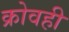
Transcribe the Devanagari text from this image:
क्रोवही